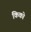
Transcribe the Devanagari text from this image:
किको